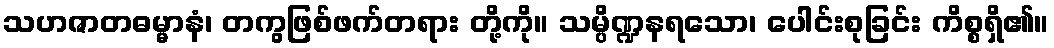
သဟဇာတဓမ္မာနံ၊ တကွဖြစ်ဖက်တရား တို့ကို။ သမ္ပိဏ္ဍနရသော၊ ပေါင်းစုခြင်း ကိစ္စရှိ၏။